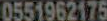
0551962175